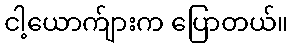
ငါ့ယောက်ျားက ပြောတယ်။